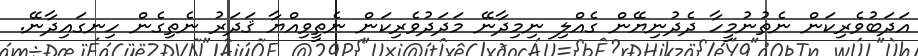
އަދަބުވެރިކަން ނެތުނުމީހާ ދެދުނިޔޭން ގެއްލި ނިމިދާނޭ މަދަދުވެރިކަން ނެތީވިއްޔާ ޤަދަރު ނެތިގެން ހިނގައިދާނޭ.